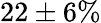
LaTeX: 22\pm 6\%